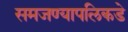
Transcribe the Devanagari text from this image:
समजण्यापलिकडे